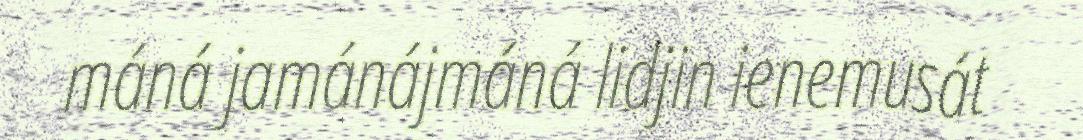
máná jamánájmáná lidjin ienemusát